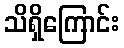
သိရှိကြောင်း